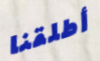
أطلقنا